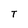
Character: T